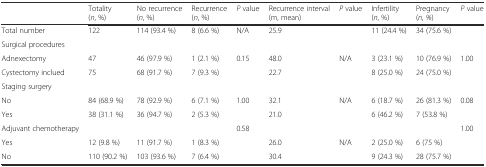
<table><thead><tr><td></td><td><b>Totality (<i>n</i>, %)</b></td><td><b>No recurrence (<i>n</i>, %)</b></td><td><b>Recurrence (<i>n</i>, %)</b></td><td><b><i>P</i> value</b></td><td><b>Recurrence interval (m, mean)</b></td><td><b><i>P</i> value</b></td><td><b>Infertility (<i>n</i>, %)</b></td><td><b>Pregnancy (<i>n</i>, <i>%</i>)</b></td><td><b><i>P</i> value</b></td></tr></thead><tbody><tr><td>Total number</td><td>122</td><td>114 (93.4 %)</td><td>8 (6.6 %)</td><td>N/A</td><td>25.9</td><td></td><td>11 (24.4 %)</td><td>34 (75.6 %)</td><td></td></tr><tr><td>Surgical procedures</td><td></td><td></td><td></td><td></td><td></td><td></td><td></td><td></td><td></td></tr><tr><td>Adnexectomy</td><td>47</td><td>46 (97.9 %)</td><td>1 (2.1 %)</td><td>0.15</td><td>48.0</td><td>N/A</td><td>3 (23.1 %)</td><td>10 (76.9 %)</td><td>1.00</td></tr><tr><td>Cystectomy inclued</td><td>75</td><td>68 (91.7 %)</td><td>7 (9.3 %)</td><td></td><td>22.7</td><td></td><td>8 (25.0 %)</td><td>24 (75.0 %)</td><td></td></tr><tr><td>Staging surgery</td><td></td><td></td><td></td><td></td><td></td><td></td><td></td><td></td><td></td></tr><tr><td>No</td><td>84 (68.9 %)</td><td>78 (92.9 %)</td><td>6 (7.1 %)</td><td rowspan="2">1.00</td><td>32.1</td><td>N/A</td><td>6 (18.7 %)</td><td>26 (81.3 %)</td><td rowspan="2">0.08</td></tr><tr><td>Yes</td><td>38 (31.1 %)</td><td>36 (94.7 %)</td><td>2 (5.3 %)</td><td>21.0</td><td></td><td>6 (46.2 %)</td><td>7 (53.8 %)</td></tr><tr><td>Adjuvant chemotherapy</td><td></td><td></td><td></td><td rowspan="2">0.58</td><td></td><td></td><td></td><td></td><td rowspan="2">1.00</td></tr><tr><td>Yes</td><td>12 (9.8 %)</td><td>11 (91.7 %)</td><td>1 (8.3 %)</td><td>26.0</td><td>N/A</td><td>2 (25.0 %)</td><td>6 (75 %)</td></tr><tr><td>No</td><td>110 (90.2 %)</td><td>103 (93.6 %)</td><td>7 (6.4 %)</td><td></td><td>30.4</td><td></td><td>9 (24.3 %)</td><td>28 (75.7 %)</td><td></td></tr></tbody></table>